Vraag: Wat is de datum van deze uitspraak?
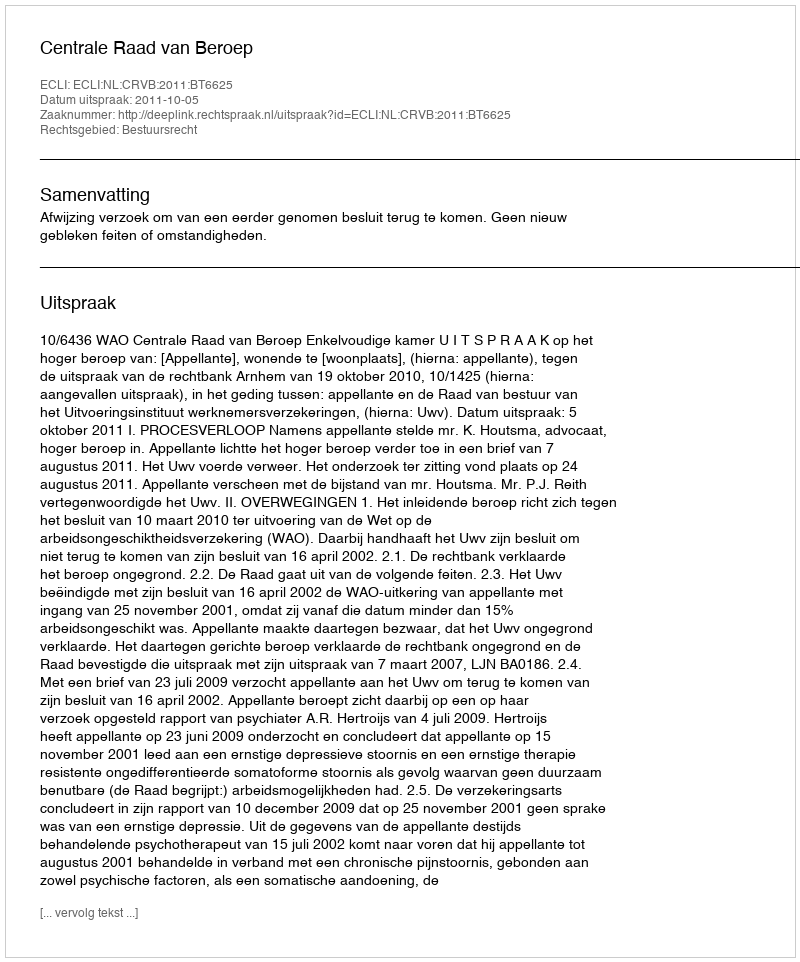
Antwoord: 2011-10-05